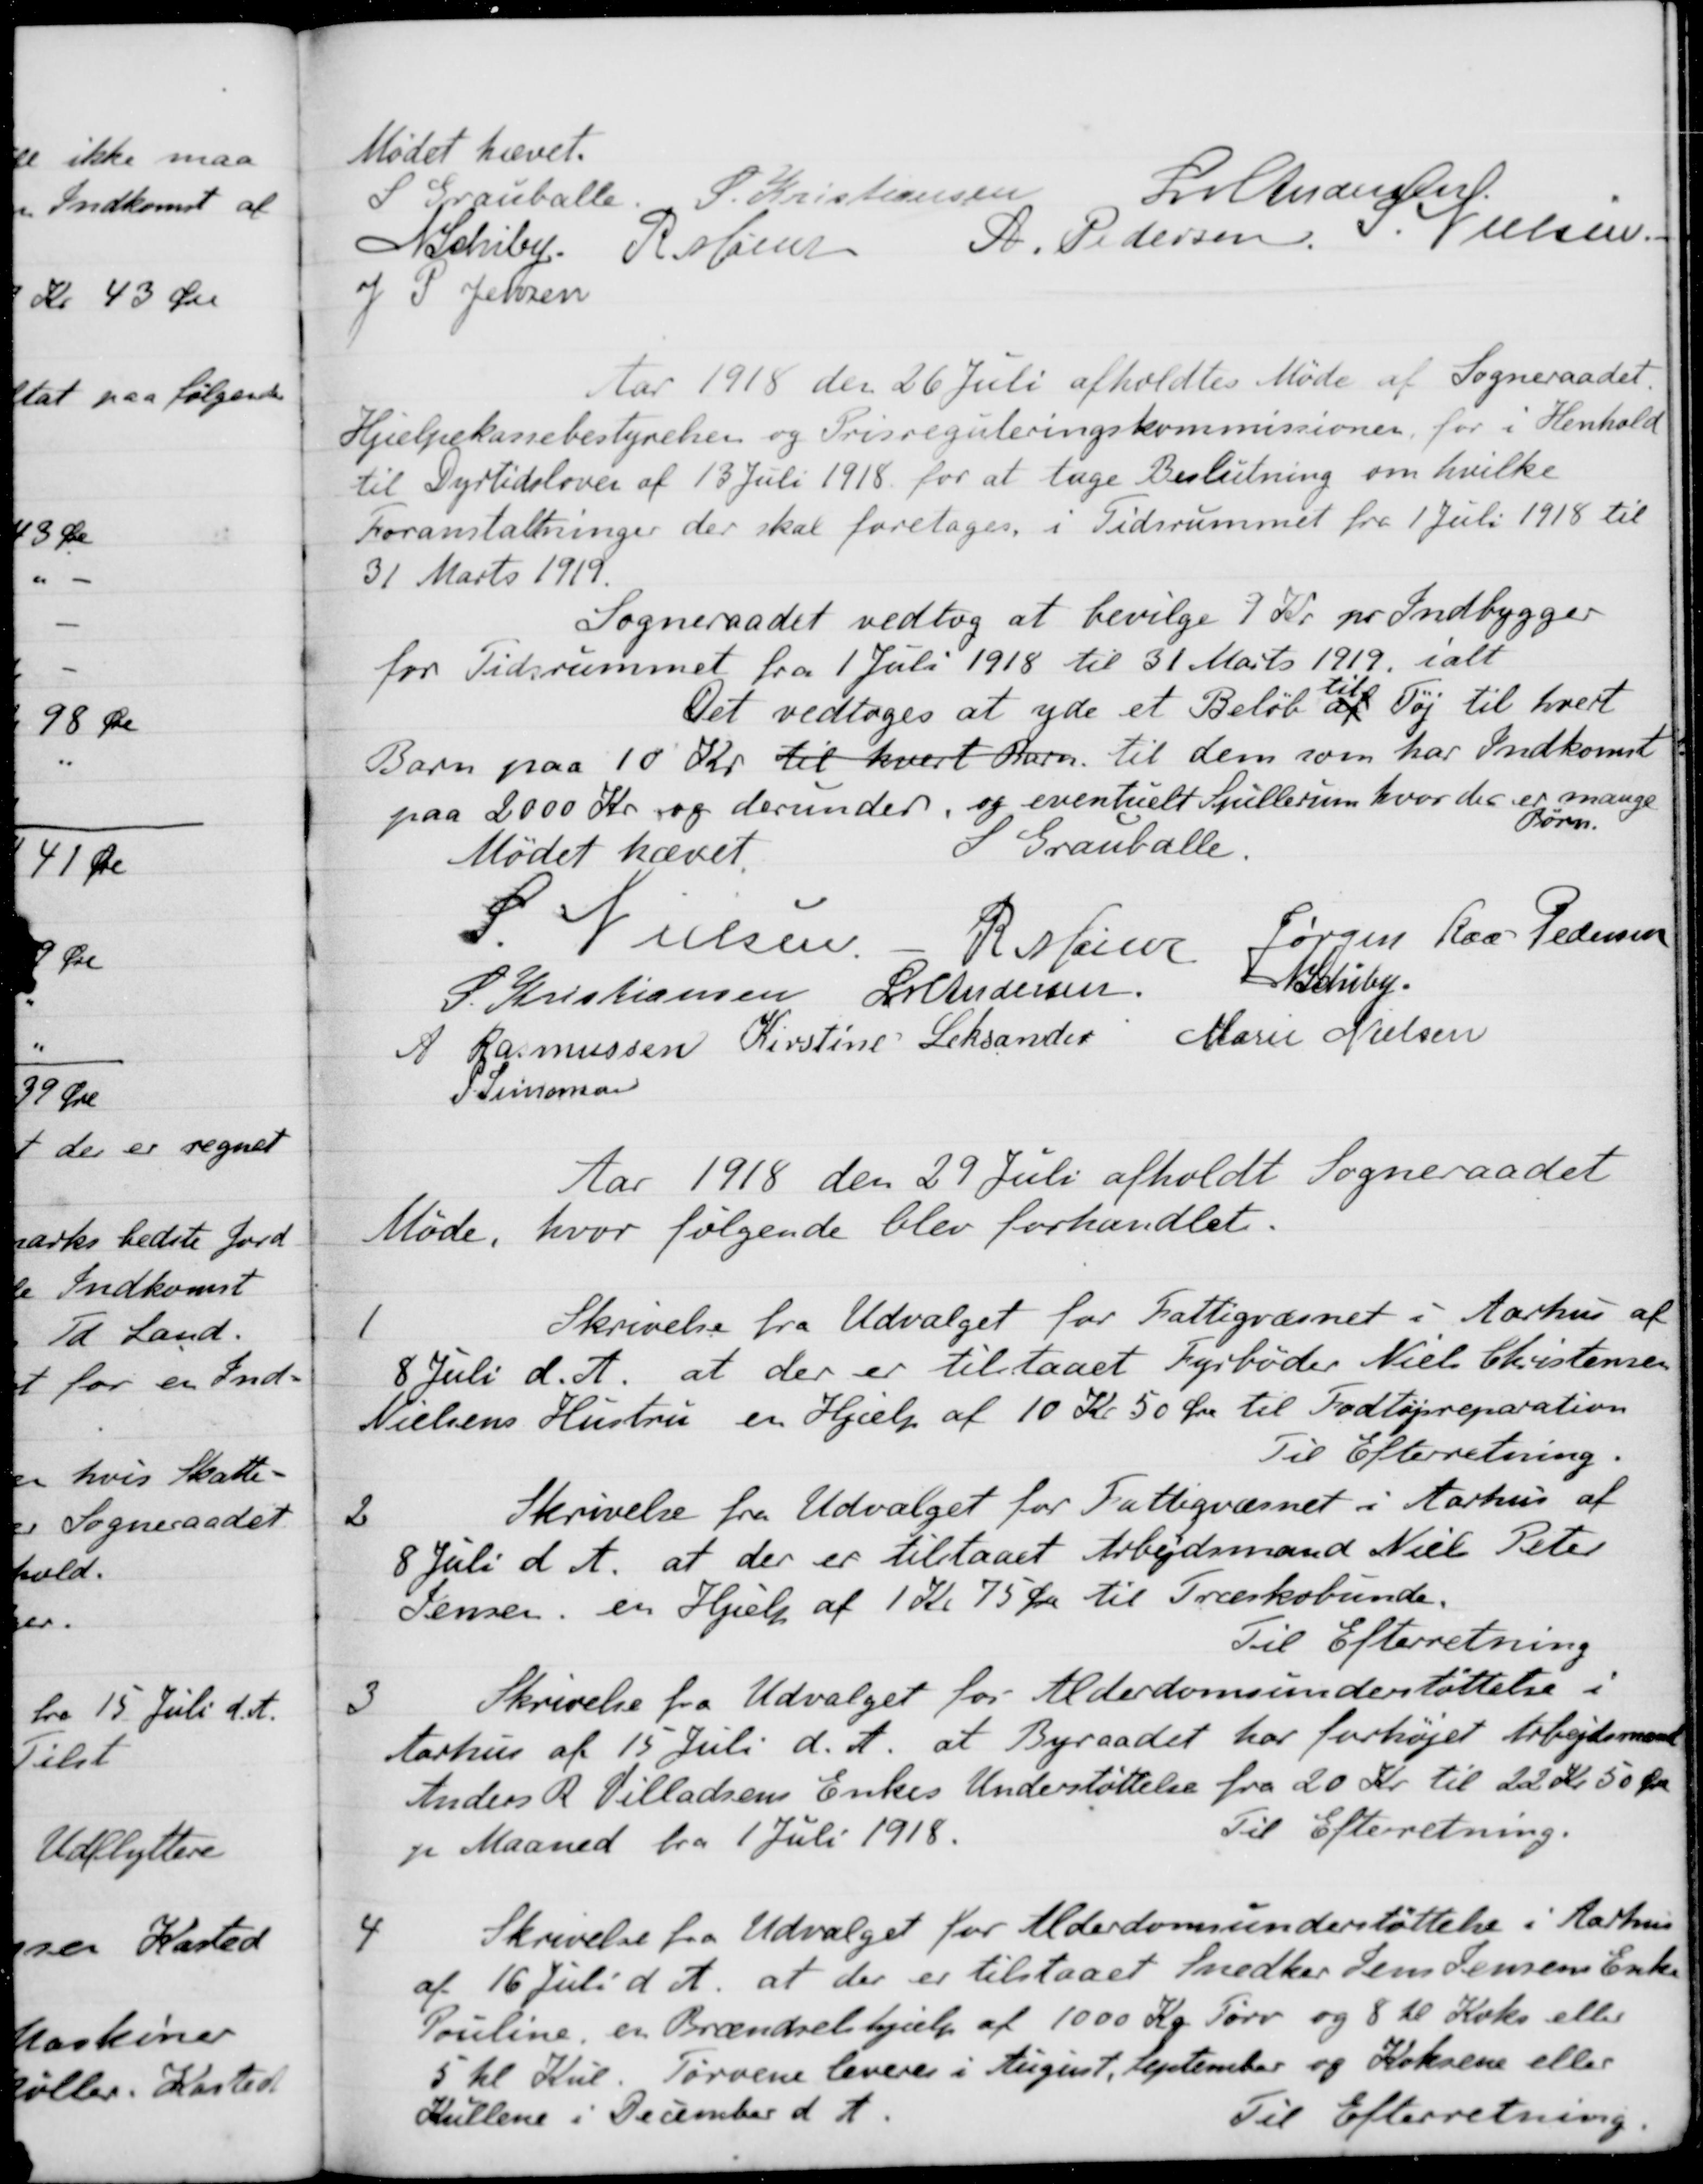
Transskription:
Mødet hævet.
S Grauballe.
S. Kristiansen
L M Andersen
A Schiby
R. Mainz
A. Pedersen
S.Nielsen
J P Jensen
Aar 1918 den 26 Juli afholdtes Møde af Sogneraadet.
Hjælpekassebestyrelsen og Prisreguleringskommissioner, for i Henhold
til Dyrtidsloven af 13 Juli 1918 for at tage Beslutning om hvilke
Foranstaltninger der skal foretages, i Tidsrummet fra 1 Juli 1918 til
31 Marts 1919.
Sogneraadet vedtog at bevilge 9 Kr pr Indbygger
for Tidsrummet fra 1 Juli 1918 til 31 Marts 1919, ialt
Det vedtoges at yde et Beløb af
til
Tøj til hvert
Barn paa 10 Kr. til hvert Barn. til dem som har Indkomst
paa 2000 Kr og derunder, og eventuelt Spillerum hvor der er mange
Børn.
Mødet hævet.
S Grauballe.
S. Nielsen.
R Mainz
Jørgen Kaa Pedersen
S. Kristiansen
LM Andersen
N. Schiby
A Rasmussen
Kirstine Leksander
Marie Nielsen
S Simonsen
Aar 1918 den 29 Juli afholdt Sogneraadet
Møde, hvor følgende blev forhandlet.
1
Skrivelse fra Udvalget for Fattigvæsnet i Aarhus af
8. Juli d. A. at der er tilstaaet Fyrbøder Niels Christensen
Nielsens Hustru en Hjælp af 10 Kr 50 Øre til Fodtøjreparation
Til Efterretning.
2
Skrivelse fra Udvalget for Fattigvæsnet i Aarhus af
8 Juli d. A. at der er tilstaaet Arbejdsmand Niels Peter
Jensen, en Hjælp af 1 Kr 75 Øre til Træskobunde.
Til Efterretning
3
Skrivelse fra Udvalget for Alderdomsunderstøttelse i
Aarhus af 15 Juli d. A. at Byraadet har forhøjet Arbejdsmand
Anders R. Villadsens Enkes Understøttelse fra 20 Kr. til 22 Kr. 50 Øre
pr Maaned fra 1 Juli 1918.
Til Efterretning.
4
Skrivelse fra Udvalget for Alderdomsunderstøttelse i Aarhus
af 16 Juli d. A. at der er tilstaaet Snedker Jens Jensens Enke
Pouline, en Brændselshjælp af 1000 Kg Tørv og 8 hl Koks eller
5 hl Kul. Tørvene leveres i August, September og Koksene eller
Kullene i December d A
Til Efterretning